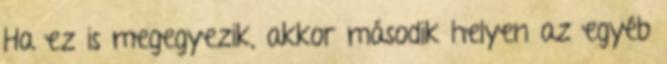
Ha ez is megegyezik, akkor második helyen az egyéb